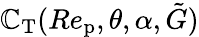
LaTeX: \mathbb{C}_{\textup{{T}}}(Re_{\textup{{p}}},\theta,\alpha,\tilde{{G}})